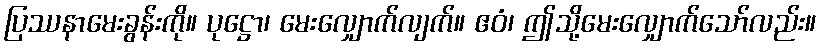
ပြဿနာမေးခွန်းကို။ ပုဋ္ဌော၊ မေးလျှောက်လျက်။ ဧဝံ၊ ဤသို့မေးလျှောက်သော်လည်း။